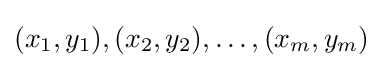
(x_{1},y_{1}),(x_{2},y_{2}),\dots ,(x_{m},y_{m})